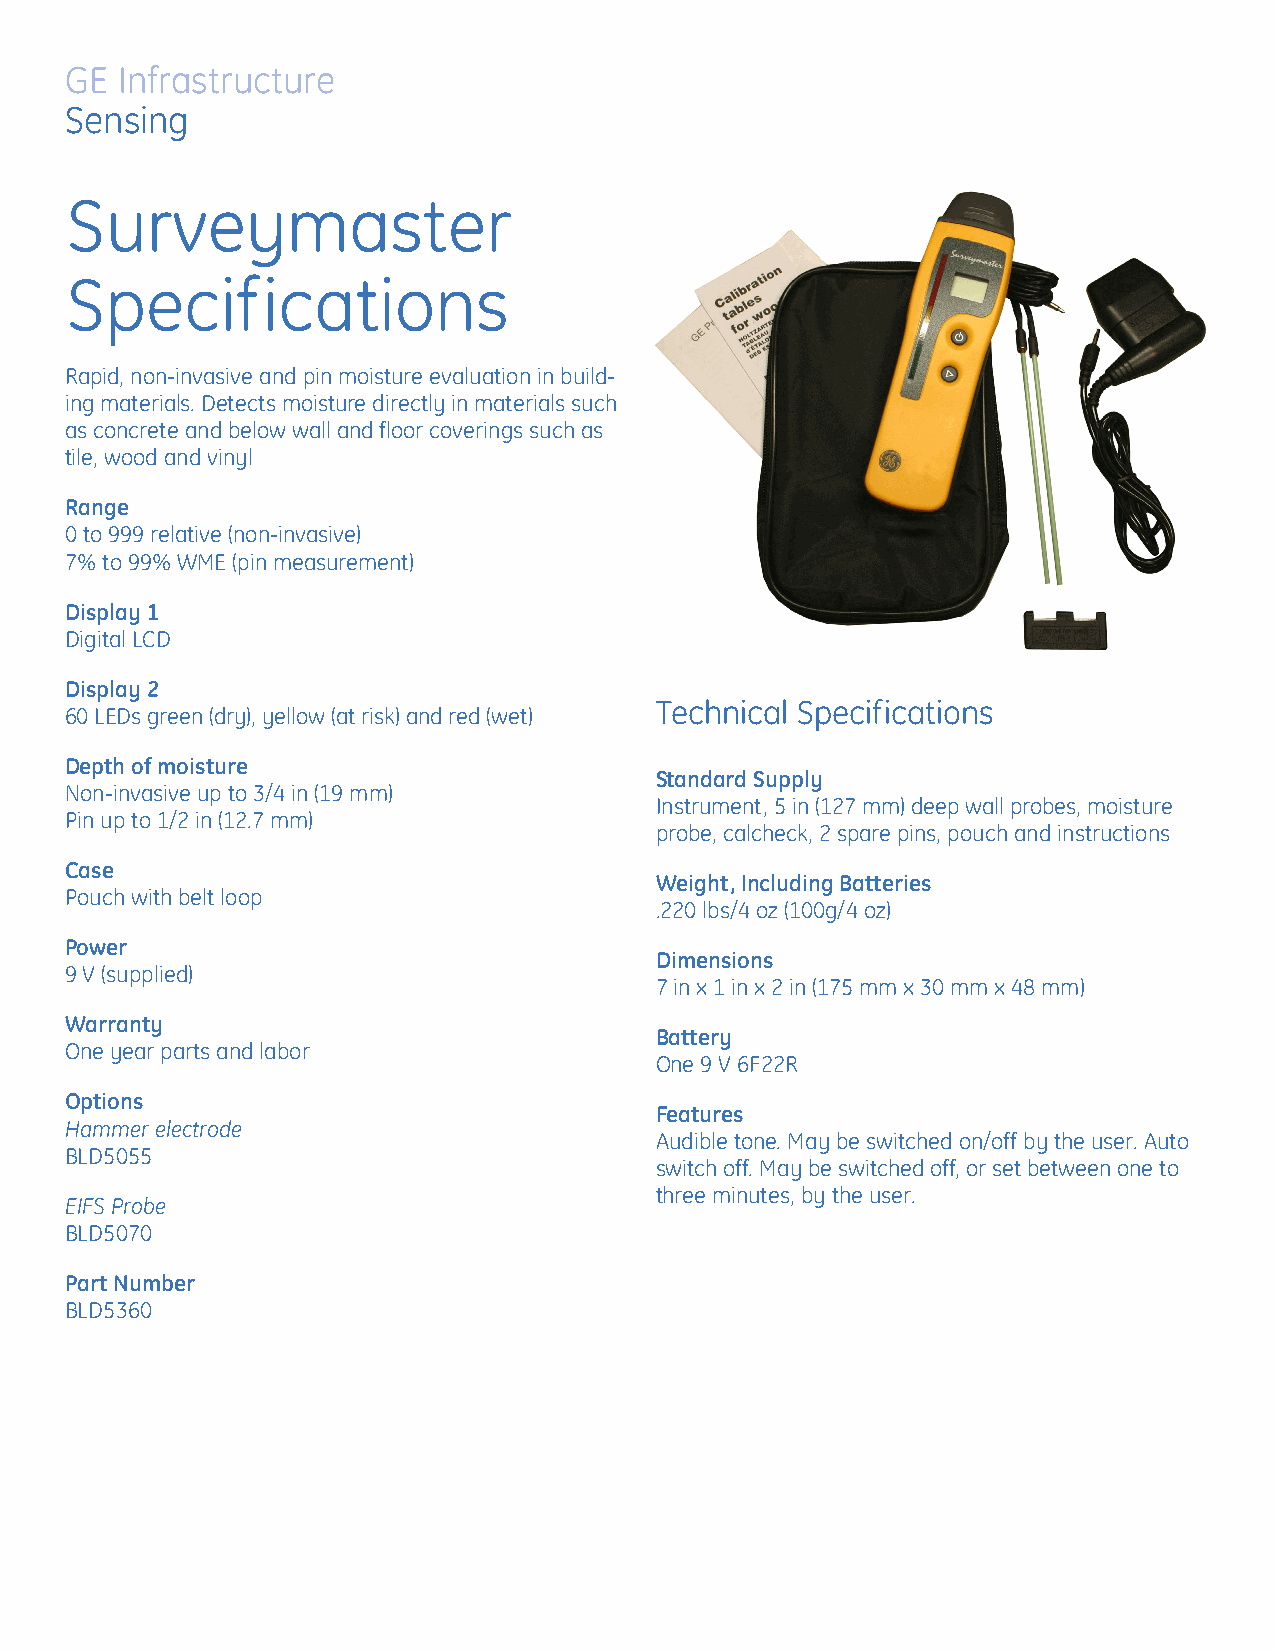
GE  Infrastructure
 Sensing
 Surveymaster
 Specifications
 Rapid, non-invasive and pin moisture evaluation in build-
 ing materials. Detects moisture directly in materials such
 as concrete and below wall and floor coverings such as
 tile, wood and vinyl
 Range
 0 to 999 relative (non-invasive)
 7% to 99% WME (pin measurement)
 Display 1
 Digital LCD
 Display 2
 Technical Specifications
 60 LEDs green (dry), yellow (at risk) and red (wet)
 Depth of moisture
 Standard Supply
 Non-invasive up to 3/4 in (19 mm)
 Instrument, 5 in (127 mm) deep wall probes, moisture
 Pin up to 1/2 in (12.7 mm)
 probe, calcheck, 2 spare pins, pouch and instructions
 Case
 Weight, Including Batteries
 Pouch with belt loop
 .220 lbs/4 oz (100g/4 oz)
 Power
 Dimensions
 9 V (supplied)
 7 in x 1 in x 2 in (175 mm x 30 mm x 48 mm)
 Warranty
 Battery
 One year parts and labor
 One 9 V 6F22R
 Options
 Features
 Hammer electrode
 Audible tone. May be switched on/off by the user. Auto
 BLD5055
 switch off. May be switched off, or set between one to
 three minutes, by the user.
 EIFS Probe
 BLD5070
 Part Number
 BLD5360